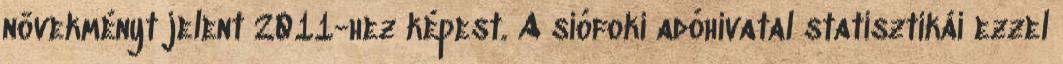
növekményt jelent 2011-hez képest. A siófoki adóhivatal statisztikái ezzel